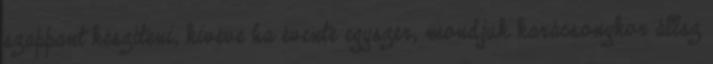
szappant készíteni, kivéve ha évente egyszer, mondjuk karácsonykor állsz